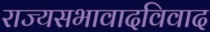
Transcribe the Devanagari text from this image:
राज्यसभावादविवाद